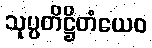
သုပ္ပတိဋ္ဌိတံယေဝ